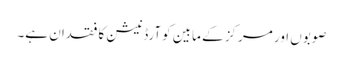
صوبوں اور مرکز کے مابین کوآرڈنیشن کا فقدان ہے۔